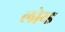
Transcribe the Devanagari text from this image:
लोय्ड